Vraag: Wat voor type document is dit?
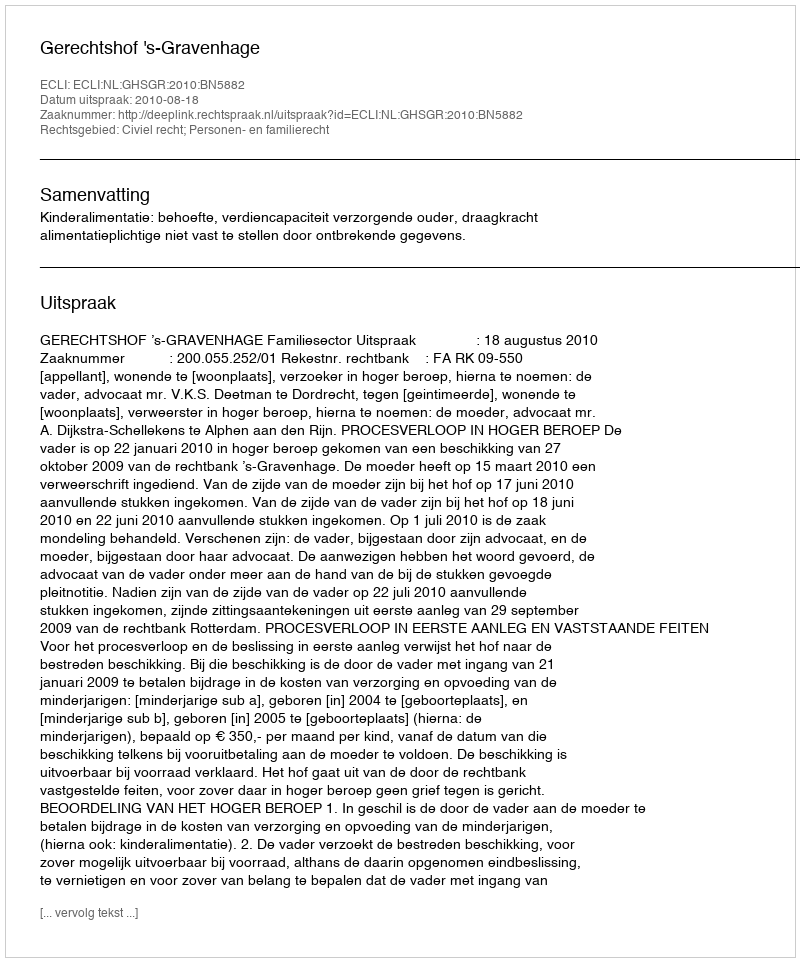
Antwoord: Uitspraak